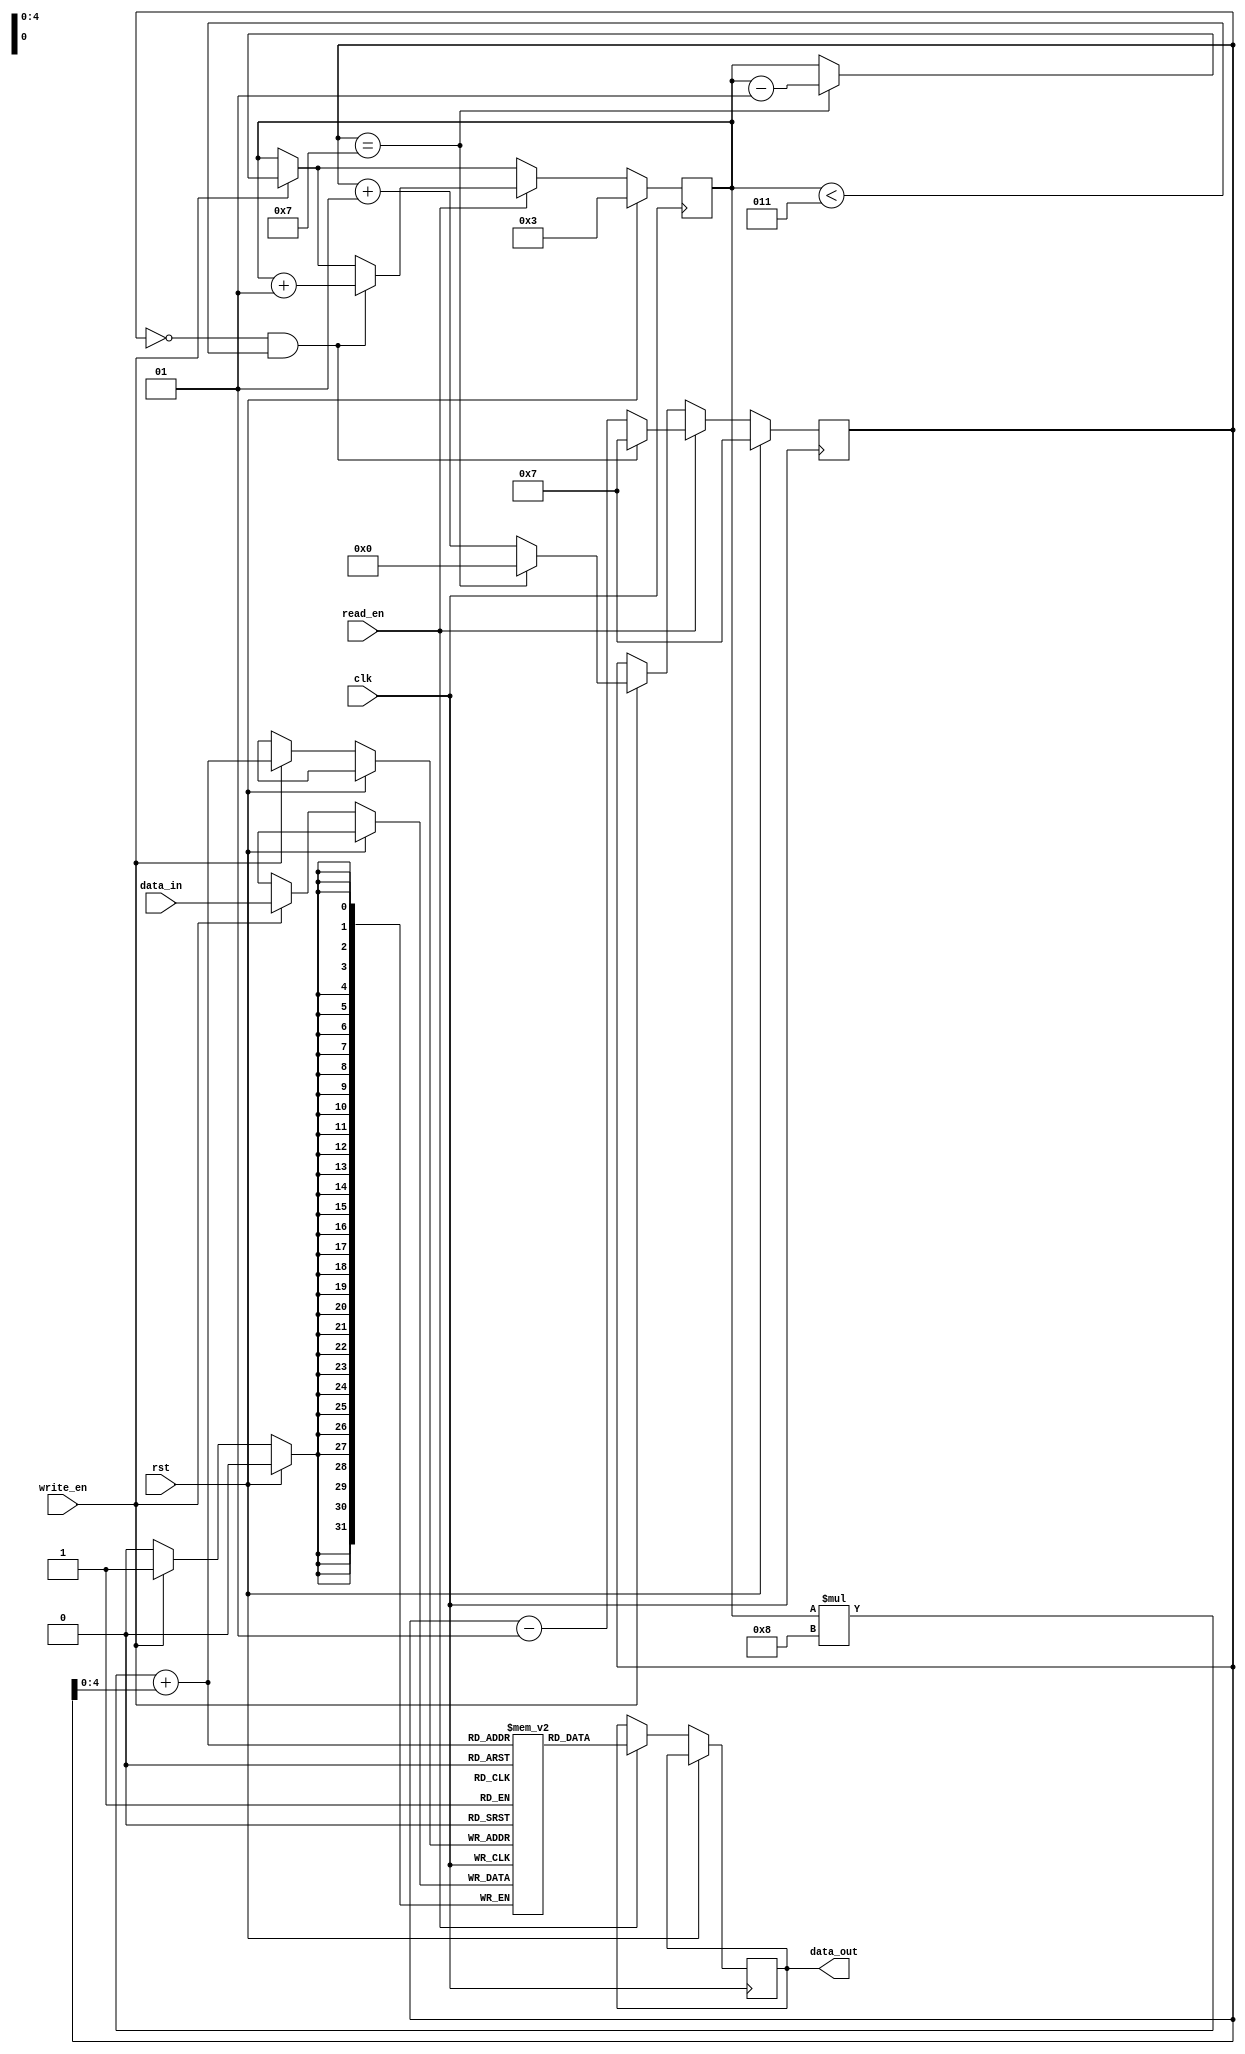
module MemoryBlockStack(
    input clk,         // clock signal
    input rst,         // reset signal
    input write_en,    // write enable signal
    input [31:0] data_in, // data input
    input read_en,     // read enable signal
    output reg [31:0] data_out // data output
    );

parameter BLOCK_SIZE = 8; // number of registers in each memory block
parameter NUM_BLOCKS = 4; // number of memory blocks in the stack

reg [31:0] mem [0:NUM_BLOCKS-1][0:BLOCK_SIZE-1]; // memory blocks stack

integer top_block = NUM_BLOCKS - 1;
integer top_reg = BLOCK_SIZE - 1;

always@(posedge clk) begin
    if(rst) begin
        top_block <= NUM_BLOCKS - 1;
        top_reg <= BLOCK_SIZE - 1;
    end else begin
        // write data to register file
        if(write_en) begin
            if(top_reg == BLOCK_SIZE - 1) begin
                top_block <= top_block - 1;
                top_reg <= 0;
            end else begin
                top_reg <= top_reg + 1;
            end
            mem[top_block][top_reg] <= data_in;
        end
        
        // read data from register file
        if(read_en) begin
            data_out <= mem[top_block][top_reg];
            if(top_reg == 0 && top_block < NUM_BLOCKS - 1) begin
                top_block <= top_block + 1;
                top_reg <= BLOCK_SIZE - 1;
            end else begin
                top_reg <= top_reg - 1;
            end
        end
    end
end

endmodule